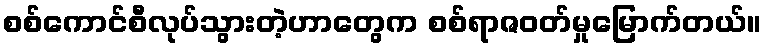
စစ်ကောင်စီလုပ်သွားတဲ့ဟာတွေက စစ်ရာဇဝတ်မှုမြောက်တယ်။